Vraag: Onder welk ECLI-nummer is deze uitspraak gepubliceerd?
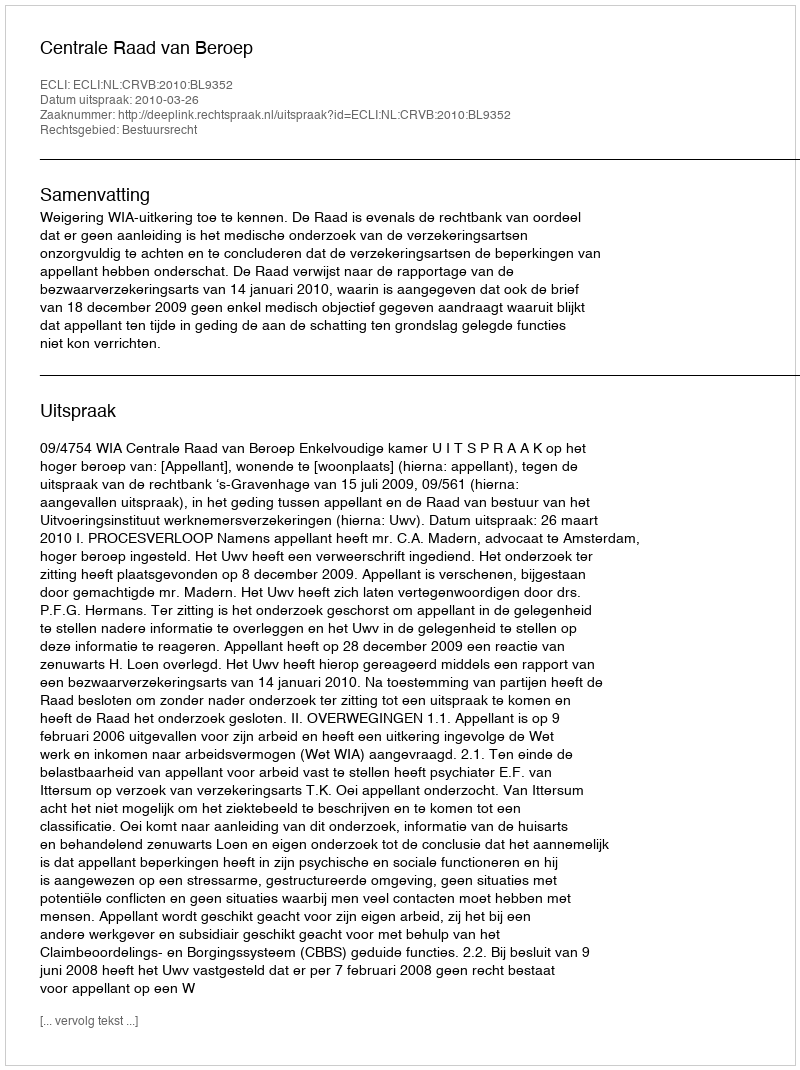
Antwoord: ECLI:NL:CRVB:2010:BL9352